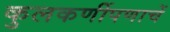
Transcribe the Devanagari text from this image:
कुलकर्णीपणाचें